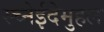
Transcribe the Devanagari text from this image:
स्च्नेईदेमुहल